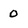
Character: 0